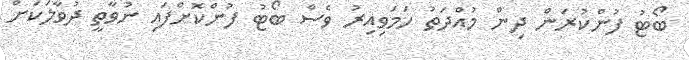
ބޯޓު ފުންކުރަން ދިން މުއްދަތު ހަމަވިއިރު ވެސް ބޯޓު ފުންކޮށްފައި ނުވާތީ ދުވާލަކަށް